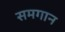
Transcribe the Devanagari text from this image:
समगान